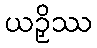
ယဉှိဿ